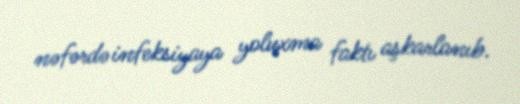
nəfərdə infeksiyaya yoluxma faktı aşkarlanıb.